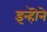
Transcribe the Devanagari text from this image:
इन्हॊने